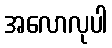
အလောလုပါ